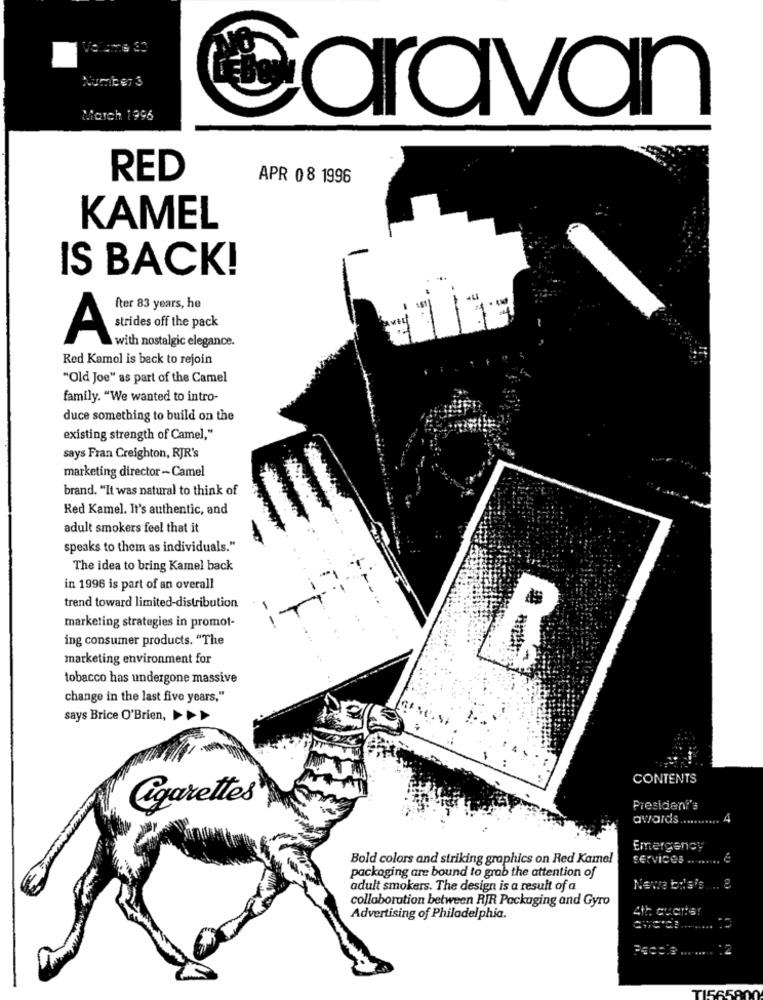
Number 3
March 1996
aravan
RED
APR 08 1996
KAMEL
IS BACK!
fter 83 years, he
strides off the pack
A
with nostalgic elegance.
Red Kamol is back to rejoin
"Old Joe" as part of the Camel
family. "We wanted to intro-
duce something to build on the
existing strength of Camel,"
says Fran Creighton, RJR's
marketing director - Camel
brand. "It was natural to think of
Red Kamel. It's authentic, and
adult smokers feel that it
speaks to them as individuals."
The idea to bring Kamel back
in 1996 is part of an overall
trend toward limited-distribution
-
marketing strategies in promot-
ing consumer products. "The
marketing environment for
R
tobacco has undergone massive
change in the last five years,"
says Brice O'Brien,
CONTENTS
Cigarettes
President's
awards ...........
4
Emergency
Bold colors and striking graphics on Red Kamel
SERVICES
packaging are bound to grab the attention of
adult smokers. The design is a result of a
Newe bula's .... 8
collaboration between RJR Packaging and Gyro
Advertising of Philadelphia.
TIES